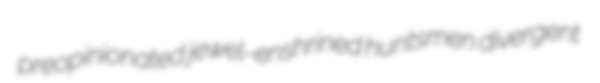
preopinionated jewel-enshrined huntsmen divergent